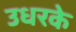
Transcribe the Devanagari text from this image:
उधरके